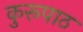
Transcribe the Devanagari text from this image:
कुरूपाठ